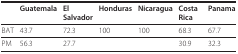
<table><thead><tr><td></td><td><b>Guatemala</b></td><td><b>El Salvador</b></td><td><b>Honduras</b></td><td><b>Nicaragua</b></td><td><b>Costa Rica</b></td><td><b>Panama</b></td></tr></thead><tbody><tr><td>BAT</td><td>43.7</td><td>72.3</td><td>100</td><td>100</td><td>68.3</td><td>67.7</td></tr><tr><td>PM</td><td>56.3</td><td>27.7</td><td></td><td></td><td>30.9</td><td>32.3</td></tr></tbody></table>